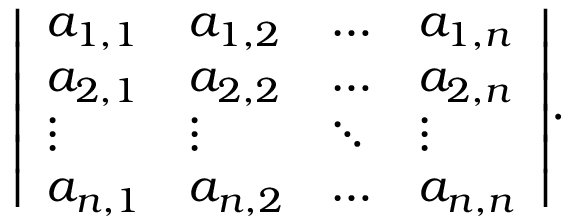
{ \left| \begin{array} { l l l l } { a _ { 1 , 1 } } & { a _ { 1 , 2 } } & { \dots } & { a _ { 1 , n } } \\ { a _ { 2 , 1 } } & { a _ { 2 , 2 } } & { \dots } & { a _ { 2 , n } } \\ { \vdots } & { \vdots } & { \ddots } & { \vdots } \\ { a _ { n , 1 } } & { a _ { n , 2 } } & { \dots } & { a _ { n , n } } \end{array} \right| } .